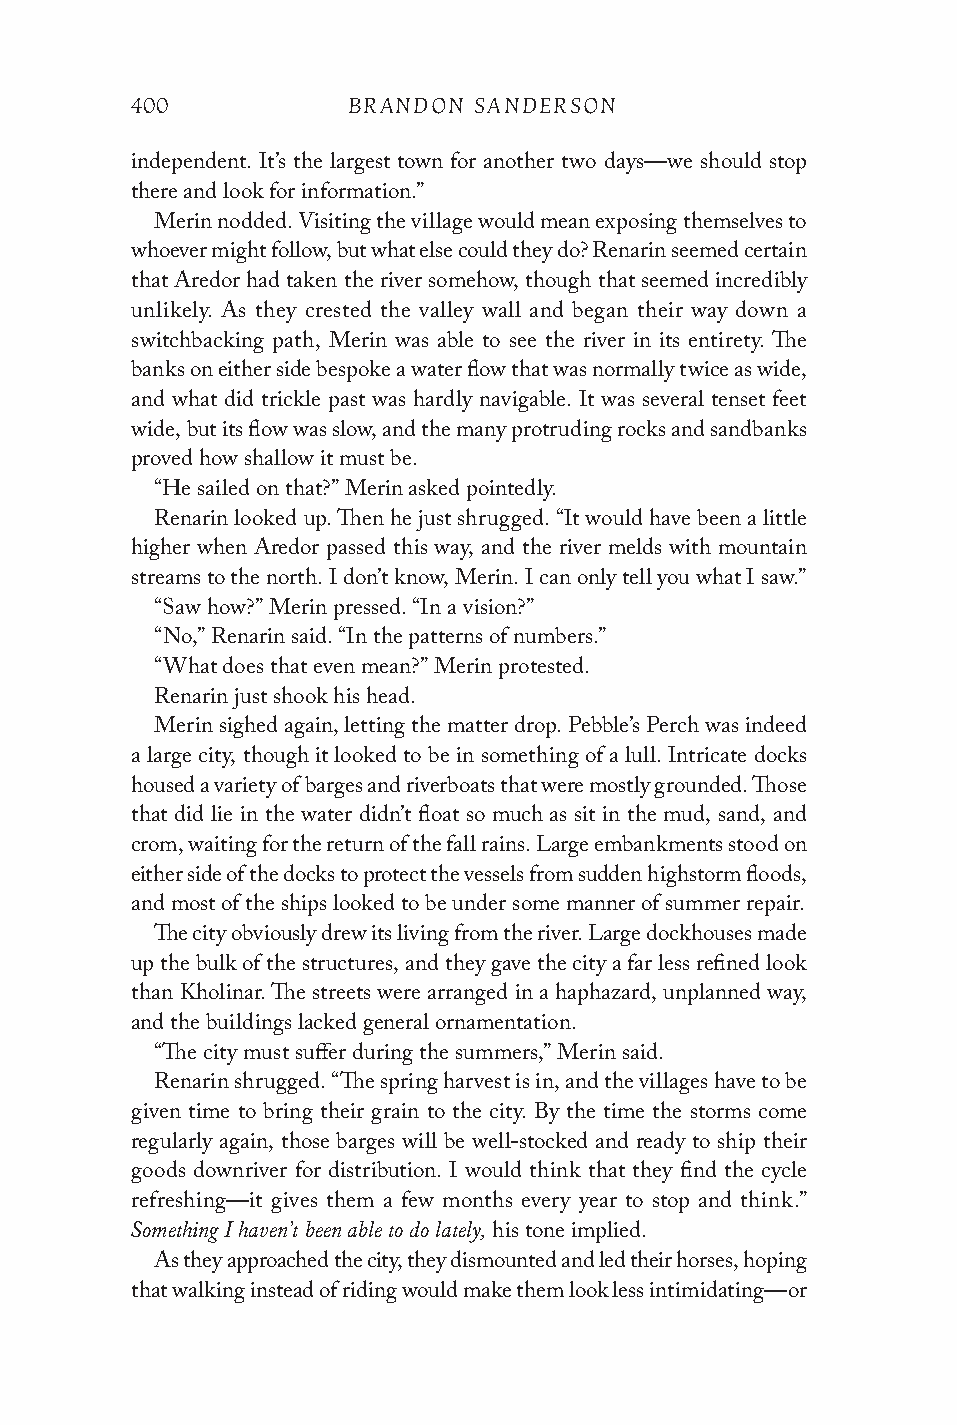
400           BRANDON SANDERSON
 independent. It’s the largest town for another two days—we should stop
 there and look for information.”
 Merin nodded. Visiting the village would mean exposing themselves to
 whoever might follow, but what else could they do? Renarin seemed certain
 that Aredor had taken the river somehow, though that seemed incredibly
 unlikely. As they crested the valley wall and began their way down a
 switchbacking path, Merin was able to see the river in its entirety. The
 banks on either side bespoke a water flow that was normally twice as wide,
 and what did trickle past was hardly navigable. It was several tenset feet
 wide, but its flow was slow, and the many protruding rocks and sandbanks
 proved how shallow it must be.
 “He sailed on that?” Merin asked pointedly.
 Renarin looked up. Then he just shrugged. “It would have been a little
 higher when Aredor passed this way, and the river melds with mountain
 streams to the north. I don’t know, Merin. I can only tell you what I saw.”
 “Saw how?” Merin pressed. “In a vision?”
 “No,” Renarin said. “In the patterns of numbers.”
 “What does that even mean?” Merin protested.
 Renarin just shook his head.
 Merin sighed again, letting the matter drop. Pebble’s Perch was indeed
 a large city, though it looked to be in something of a lull. Intricate docks
 housed a variety of barges and riverboats that were mostly grounded. Those
 that did lie in the water didn’t float so much as sit in the mud, sand, and
 crom, waiting for the return of the fall rains. Large embankments stood on
 either side of the docks to protect the vessels from sudden highstorm floods,
 and most of the ships looked to be under some manner of summer repair.
 The city obviously drew its living from the river. Large dockhouses made
 up the bulk of the structures, and they gave the city a far less refined look
 than Kholinar. The streets were arranged in a haphazard, unplanned way,
 and the buildings lacked general ornamentation.
 “The city must suffer during the summers,” Merin said.
 Renarin shrugged. “The spring harvest is in, and the villages have to be
 given time to bring their grain to the city. By the time the storms come
 regularly again, those barges will be well-stocked and ready to ship their
 goods downriver for distribution. I would think that they find the cycle
 refreshing—it gives them a few months every year to stop and think.”
 Something I haven’t been able to do lately,
 his tone implied.
 As they approached the city, they dismounted and led their horses, hoping
 that walking instead of riding would make them look less intimidating—or